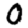
Digit: 0